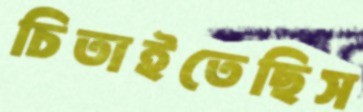
চিতাইতেছিস